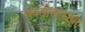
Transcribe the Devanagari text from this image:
काठीसारखा